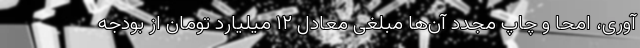
آوری، امحا و چاپ مجدد آن‌ها مبلغی معادل ۱۲ میلیارد تومان از بودجه